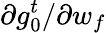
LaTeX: \partial g_{0}^{t}/\partial w_{f}